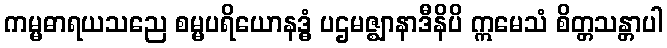
ကမ္မဓာရယသညေ စမ္မပရိယောနဒ္ဓံ ပဌမဇ္ဈာနာဒီနိပိ ဣမေသံ စိတ္တသန္တာပါ